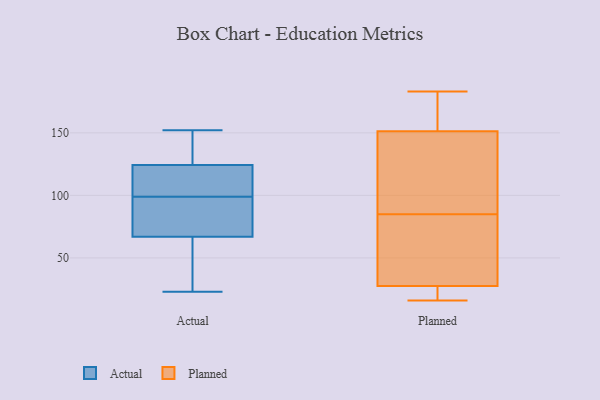
{"axis": {"x": "LTV (USD)", "y": "Value"}, "legend": ["Actual", "Planned"], "data": [{"x": "", "y": 68, "type": "Actual"}, {"x": "", "y": 91, "type": "Actual"}, {"x": "", "y": 136, "type": "Actual"}, {"x": "", "y": 23, "type": "Actual"}, {"x": "", "y": 99, "type": "Actual"}, {"x": "", "y": 143, "type": "Actual"}, {"x": "", "y": 152, "type": "Actual"}, {"x": "", "y": 106, "type": "Actual"}, {"x": "", "y": 48, "type": "Actual"}, {"x": "", "y": 64, "type": "Actual"}, {"x": "", "y": 123, "type": "Actual"}, {"x": "", "y": 128, "type": "Actual"}, {"x": "", "y": 104, "type": "Actual"}, {"x": "", "y": 94, "type": "Actual"}, {"x": "", "y": 111, "type": "Actual"}, {"x": "", "y": 61, "type": "Actual"}, {"x": "", "y": 82, "type": "Actual"}, {"x": "", "y": 22, "type": "Planned"}, {"x": "", "y": 28, "type": "Planned"}, {"x": "", "y": 161, "type": "Planned"}, {"x": "", "y": 120, "type": "Planned"}, {"x": "", "y": 101, "type": "Planned"}, {"x": "", "y": 64, "type": "Planned"}, {"x": "", "y": 16, "type": "Planned"}, {"x": "", "y": 179, "type": "Planned"}, {"x": "", "y": 148, "type": "Planned"}, {"x": "", "y": 183, "type": "Planned"}, {"x": "", "y": 51, "type": "Planned"}, {"x": "", "y": 85, "type": "Planned"}, {"x": "", "y": 26, "type": "Planned"}]}